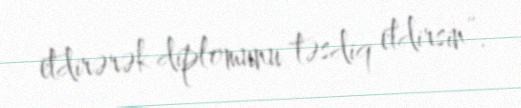
etdirərək diplomunu təsdiq etdirsin”.